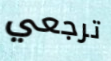
ترجعي